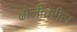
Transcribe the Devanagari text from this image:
ढोलीवरील